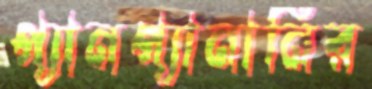
প্যানপ্যানানির